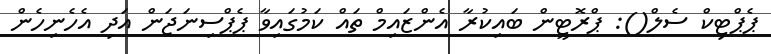
ޕެޕްޓިކް ސެލް(): ޕްރޮޓީން ބައިކުރާ އެންޒައިމް ތައް ކަމުގައިވާ ޕެޕްސިނަޖަން އަދި އެހެނިހެން